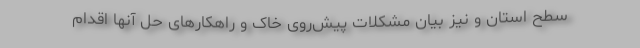
سطح استان و نیز بیان مشکلات پیش‌روی خاک و راهکارهای حل آنها اقدام